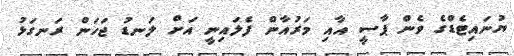
ޔުނައިޓެޑްގެ ވެން ޕާސީ އާއި މަރުއާން ފެލައިނީ އަށް ލަނޑު ޖަހަން ރަނގަޅު